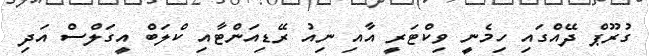
ގުރޫޕް ދޭއްގައި ހިމެނީ ވިކްޓަރީ އާއި ނިއު ރޭޑިއަންޓާއި ކްލަބް އީގަލްސް އަދި